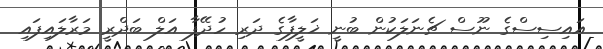
އައިސިސްގެ ނޫސް ޗެނަލަކުން ބުނީ ޚަލީފާގެ ދަރި ހުދޭފާ އަލް ބަދްރީ މަރާލައިފައި